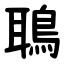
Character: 鵈